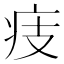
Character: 㽻